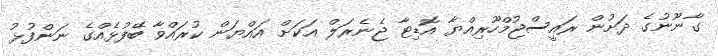
ގާނޫނުގެ ދަށުން ރައީސްޖުމްހޫރިއްޔާ އޮޑިޓާ ޖެނެރަލް އަކަށް އައްޔަން ކުރައްވާ ބޭފުޅެއްގެ ނަންފުޅު